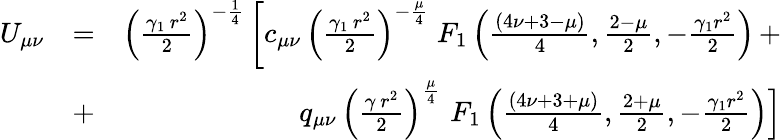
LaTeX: \begin{array}{rlr}{U_{\mu\nu}}&{=}&{\left({\frac{\gamma_{1}\, r^{2}}{2}}\right)^{-\frac{1}{4}}\left[c_{\mu\nu}\, \left({\frac{\gamma_{1}\, r^{2}}{2}}\right)^{-\frac{\mu}{4}}\; F_{1}\left(\frac{(4\nu+3-\mu)}{4},\frac{2-\mu}{2},-\frac{\gamma_{1}r^{2}}{2}\right)\right.\, +}\\ &{+}&{q_{\mu\nu}\, \left({\frac{\gamma\, r^{2}}{2}}\right)^{\frac{\mu}{4}}\, \left.F_{1}\left(\frac{(4\nu+3+\mu)}{4},\frac{2+\mu}{2},-\frac{\gamma_{1}r^{2}}{2}\right)\right]}\end{array}